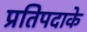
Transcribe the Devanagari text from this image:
प्रतिपदाके